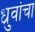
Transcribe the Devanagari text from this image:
ध्रुवांचा